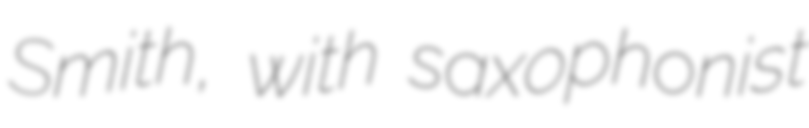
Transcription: Smith, with saxophonist